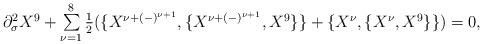
\begin{align*}\begin{array}{lcr}\partial_{\sigma}^2X^9+ \sum\limits_{\nu=1}^8{1\over 2}(\{X^{\nu+(-)^{\nu+1}},\{X^{\nu+(-)^{\nu+1}},X^9\}\}+\{X^{\nu},\{X^{\nu},X^9\}\})=0,\end{array}\end{align*}